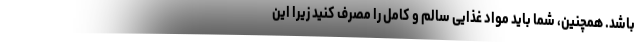
باشد. همچنین، شما باید مواد غذایی سالم و کامل را مصرف کنید زیرا این